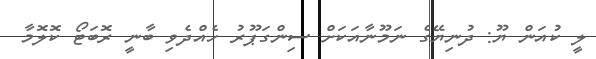
ލީ ކުއަން ޔޫ: ދުނިޔޭގެ ނަމޫނާއަކަށް ސިންގަޕޫރު ހެއްދެވި ބާނީ ރޮބަޓޯ ކޮލޮމާ